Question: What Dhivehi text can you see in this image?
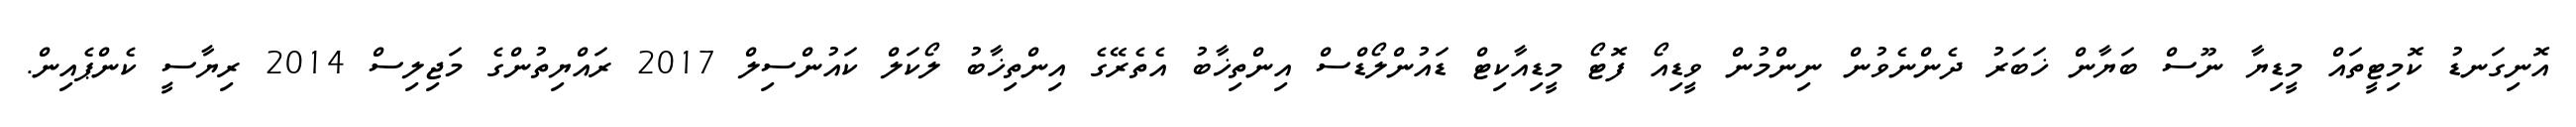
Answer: އޮނިގަނޑު ކޮމިޓީތައް މީޑިޔާ ނޫސް ބަޔާން ޚަބަރު ދެންނެވުން ނިންމުން ވީޑިއޯ ފޮޓޯ މީޑިއާކިޓް ޑައުންލޯޑްސް އިންތިޚާބު އެތެރޭގެ އިންތިޚާބު ލޯކަލް ކައުންސިލް 2017 ރައްޔިތުންގެ މަޖިލިސް 2014 ރިޔާސީ ކެންޕެއިން.